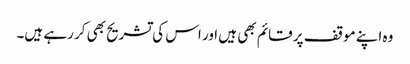
وہ اپنے موقف پر قائم بھی ہیں اور اس کی تشریح بھی کر رہے ہیں۔